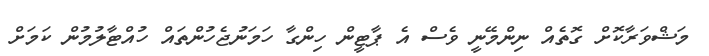
މަޝްވަރާކޮށް ގޮތެއް ނިންމޭނީ ވެސް އެ ޕާޓީން ހިންގާ ހަމަނުޖެހުންތައް ހުއްޓާލުމުން ކަމަށް